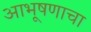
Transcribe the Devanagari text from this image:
आभूषणाचा